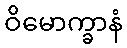
ဝိမောက္ခာနံ